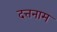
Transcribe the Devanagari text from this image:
दत्तनाम